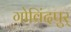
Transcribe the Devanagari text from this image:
गोविंदपुर्